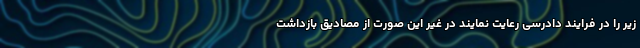
زیر را در فرایند دادرسی رعایت نمایند در غیر این صورت از مصادیق بازداشت